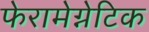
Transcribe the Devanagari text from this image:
फेरामेग्नेटिक